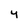
Character: y